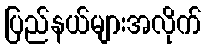
ပြည်နယ်များအလိုက်